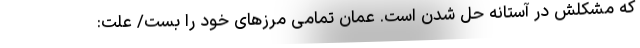
که مشکلش در آستانه حل شدن است. عمان تمامی مرزهای خود را بست/ علت: